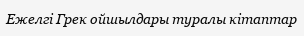
Ежелгі Грек ойшылдары туралы кітаптар